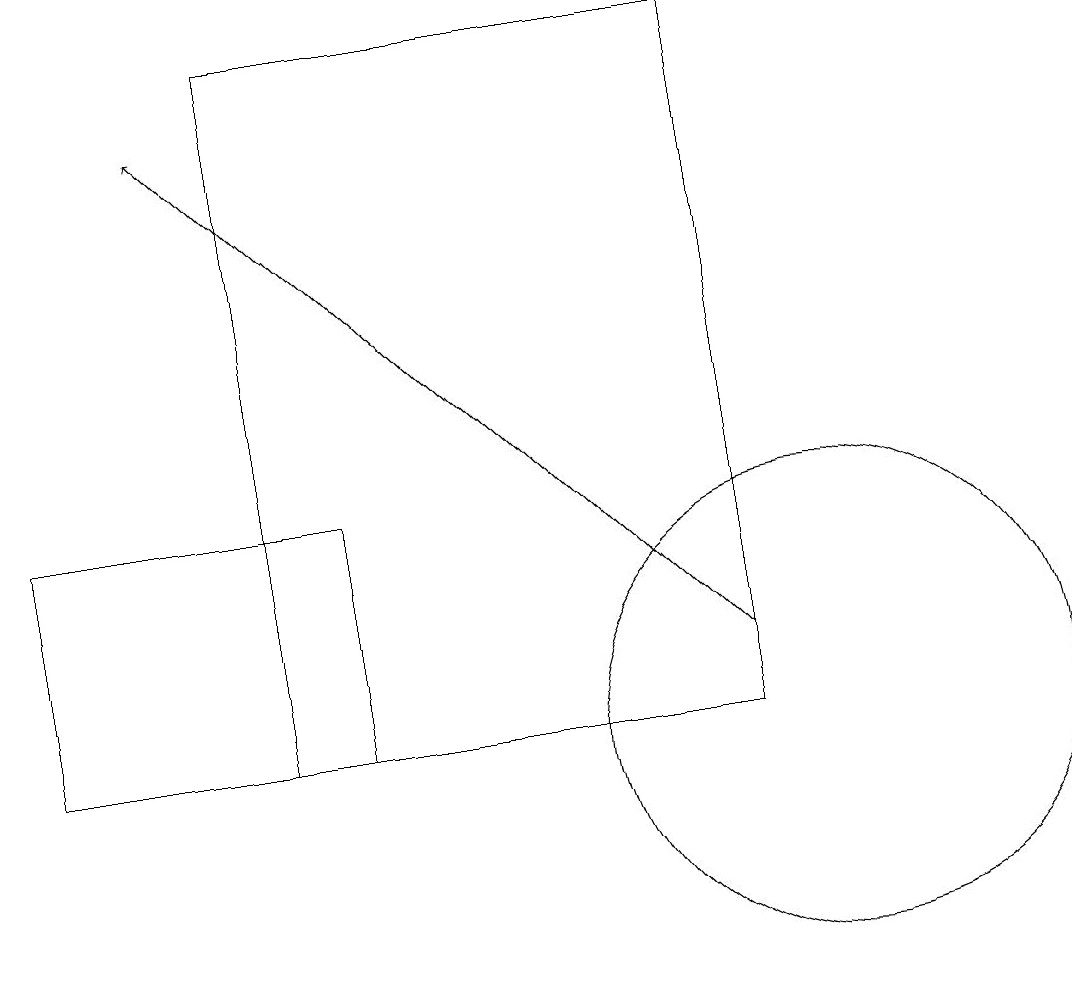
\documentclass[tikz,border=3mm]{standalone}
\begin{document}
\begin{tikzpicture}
\draw (3,10) rectangle (9,19);
\draw[->] (9,11) -- (2,18);
\draw (0,13) rectangle (4,10);
\draw (10,10) circle (3);
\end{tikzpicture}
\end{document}